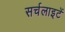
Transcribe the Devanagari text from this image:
सर्चलाइटें